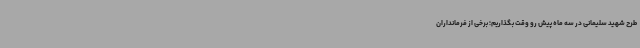
طرح شهید سلیمانی در سه ماه پیش رو وقت بگذاریم؛ برخی از فرمانداران